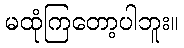
မထုံကြတော့ပါဘူး။